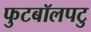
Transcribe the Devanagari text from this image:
फुटबॉलपटु